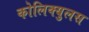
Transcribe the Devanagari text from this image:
कोलिक्युलस